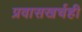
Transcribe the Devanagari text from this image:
प्रवासखर्चही